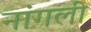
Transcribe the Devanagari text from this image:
नांगली